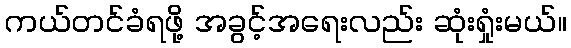
ကယ်တင်ခံရဖို့ အခွင့်အရေးလည်း ဆုံးရှုံးမယ်။